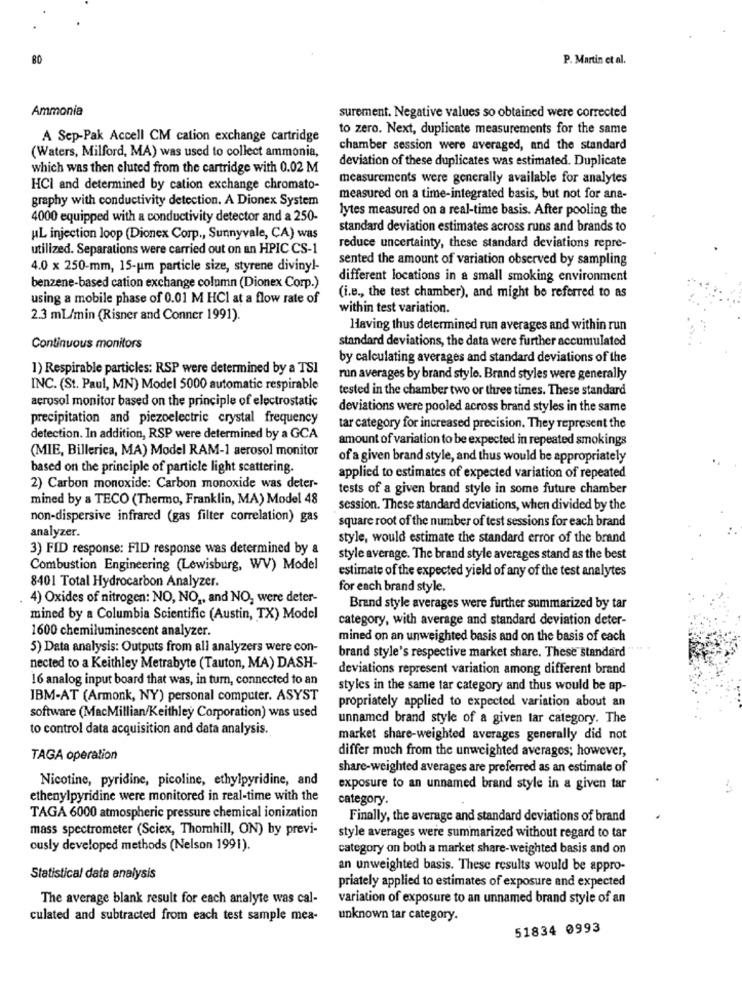
BO
P. Martin et al.
Ammonia
surement. Negative values so obtained were corrected
to zero. Next, duplicate measurements for the same
A Sep-Pak Accell CM cation exchange cartridge
chamber session were averaged, and the standard
(Waters, Milford, MA) was used to collect ammonia,
deviation of these duplicates was estimated. Duplicate
which was then eluted from the cartridge with 0.02 M
measurements were generally available for analytes
HCI and determined by cation exchange chromato-
graphy with conductivity detection. A Dionex System
measured on a time-integrated basis, but not for ana-
lytes measured on a real-time basis. After pooling the
4000 equipped with a conductivity detector and a 250-
standard deviation estimates across runs and brands to
AL injection loop (Dionex Corp ., Sunnyvale, CA) was
utilized. Separations were carried out on an HPIC CS-1
reduce uncertainty, these standard deviations repre-
sented the amount of variation observed by sampling
4.0 x 250-mm, 15-um particle size, styrene divinyl-
different locations in a small smoking environment
benzene-based cation exchange column (Dionex Corp.)
using a mobile phase of 0.01 M HCI at a flow rate of
(i.e ., the test chamber), and might be referred to as
within test variation.
2.3 mL/min (Risner and Conner 1991).
Having thus determined run averages and within run
standard deviations, the data were further accumulated
Continuous monitors
by calculating averages and standard deviations of the
1) Respirable particles: RSP were determined by a TSI
run averages by brand style. Brand styles were generally
INC. (St. Paul, MN) Model 5000 automatic respirable
tested in the chamber two or three times. These standard
aerosol monitor based on the principle of electrostatic
deviations were pooled across brand styles in the same
precipitation and piezoelectric crystal frequency
tar category for increased precision. They represent the
detection. In addition, RSP were determined by a GCA
amount of variation to be expected in repeated smokings
(MIE, Billerica, MA) Model RAM-1 aerosol monitor
of a given brand style, and thus would be appropriately
based on the principle of particle light scattering.
applied to estimates of expected variation of repeated
2) Carbon monoxide: Carbon monoxide was deter-
tests of a given brand style in some future chamber
mined by a TECO (Thermo, Franklin, MA) Model 48
session. These standard deviations, when divided by the
non-dispersive infrared (gas filter correlation) gas
square root of the number of test sessions for each brand
analyzer.
style, would estimate the standard error of the brand
3) FID response: FID response was determined by &
style average. The brand style averages stand as the best
Combustion Engineering (Lewisburg, WV) Model
estimate of the expected yield of any of the test analytes
8401 Total Hydrocarbon Analyzer.
for each brand style.
4) Oxides of nitrogen: NO, NO ,, and NO, were deter-
Brand style averages were further summarized by tar
mined by a Columbia Scientific (Austin, TX) Model
category, with average and standard deviation deter-
1600 chemiluminescent analyzer.
mined on an unweighted basis and on the basis of each
5) Data analysis: Outputs from all analyzers were con-
brand style's respective market share. These standard
nected to a Keithley Metrabyte (Tauton, MA) DASH-
deviations represent variation among different brand
16 analog input board that was, in turn, connected to an
styles in the same tar category and thus would be ap-
IBM-AT (Armonk, NY) personal computer. ASYST
propriately applied to expected variation about an
software (MacMillian/Keithley Corporation) was used
unnamed brand style of a given tar category. The
to control data acquisition and data analysis.
market share-weighted averages generally did not
differ much from the unweighted averages; however,
TAGA operation
share-weighted averages are preferred as an estimate of
Nicotine, pyridine, picoline, ethylpyridine, and
exposure to an unnamed brand style in a given tar
ethenylpyridine were monitored in real-time with the
category.
TAGA 6000 atmospheric pressure chemical ionization
Finally, the average and standard deviations of brand
mass spectrometer (Sciex, Thomhill, ON) by previ-
style averages were summarized without regard to tar
ously developed methods (Nelson 1991).
category on both a market share-weighted basis and on
an unweighted basis. These results would be appro-
Statistical data analysis
priately applied to estimates of exposure and expected
The average blank result for each analyte was cal-
variation of exposure to an unnamed brand style of an
culated and subtracted from each test sample mea-
unknown tar category.
51834 0993